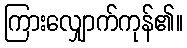
ကြားလျှောက်ကုန်၏။